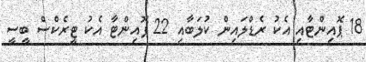
18 ޕޮއިންޓާއި އެކު ރެޑްލައިން ކުލަބާއި 22 ޕޮއިންޓާ އެކު ޓީރެކްސް ބީސީ